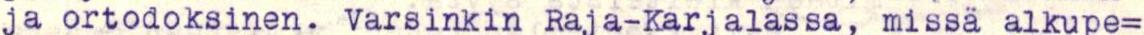
ja ortodoksinen. Varsinkin Raja-Karjalassa, missä alkupe=